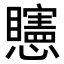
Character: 𥌷